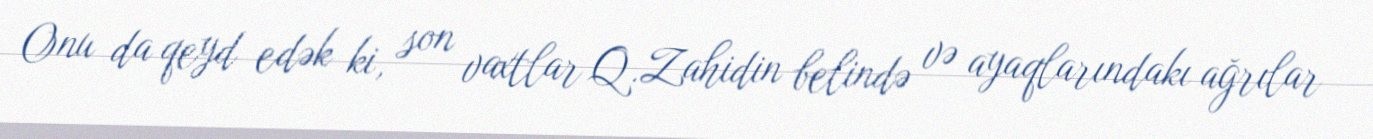
Onu da qeyd edək ki, son vaxtlar Q.Zahidin belində və ayaqlarındakı ağrılar